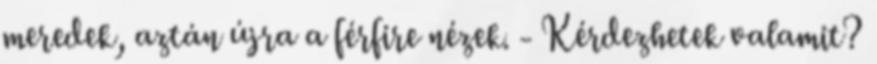
meredek, aztán újra a férfire nézek. - Kérdezhetek valamit?